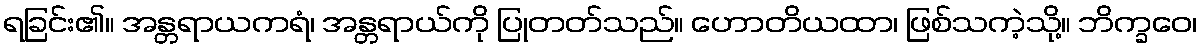
ရခြင်း၏။ အန္တရာယကရံ၊ အန္တရာယ်ကို ပြုတတ်သည်။ ဟောတိယထာ၊ ဖြစ်သကဲ့သို့။ ဘိက္ခဝေ၊